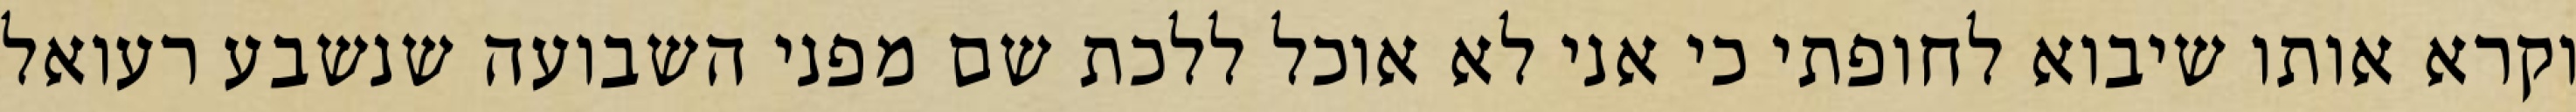
וקרא אותו שיבוא לחופתי כי אני לא אוכל ללכת שם מפני השבועה שנשבע רעואל